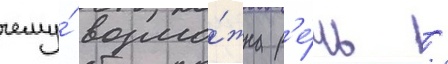
чему́ возмо́жна р'е́чь /